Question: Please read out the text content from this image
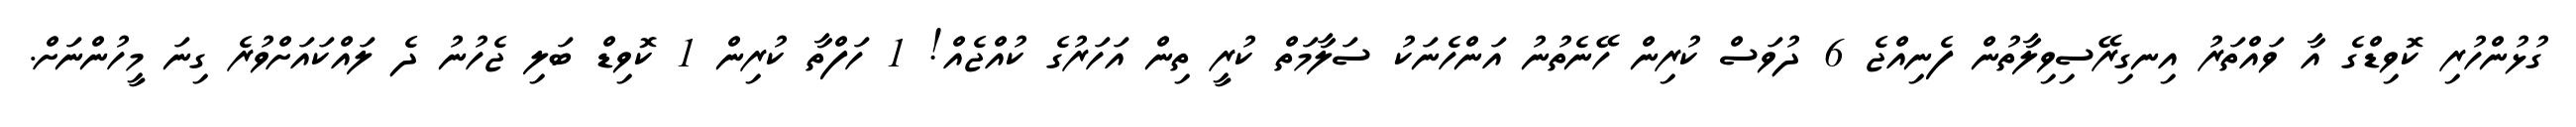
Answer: ގުޅުންހުރި ކޮވިޑްގެ އާ ވައްތަރު އިނގިރޭސިވިލާތުން ފެނިއްޖެ 6 ދުވަސް ކުރިން ހޭނެތުނު އަންހެނަކު ސަލާމަތް ކުރީ ތިން އަހަރުގެ ކުއްޖެއް! 1 ހަފްތާ ކުރިން 1 ކޮވިޑް ބަލި ޖެހުނު ދެ ލައްކައަށްވުރެ ގިނަ މީހުންނަށް.